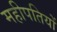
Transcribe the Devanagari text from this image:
महीपतियों